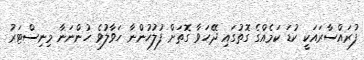
ފުރައްސާރައަކީ ކުޑަ ކަމެއްގެ ގޮތުގައި ދޭހަވާ ގޮތަށް ފުލުހުންނާ ހަވާލުވެ ހުންނަނާ މިނިސްޓަރު